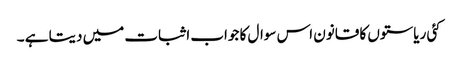
کئی ریاستوں کا قانون اس سوال کا جواب اثبات میں دیتا ہے ۔